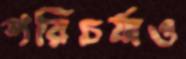
পরিচর্যাও